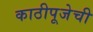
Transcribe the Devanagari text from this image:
काठीपूजेची